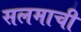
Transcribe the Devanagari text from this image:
सलमाची